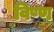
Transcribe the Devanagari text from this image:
विष्ण